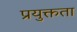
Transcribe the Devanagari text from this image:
प्रयुक्तता